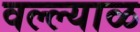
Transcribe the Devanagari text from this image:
वल्ल्याळ